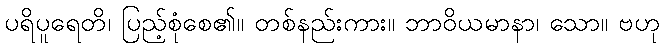
ပရိပူရေတိ၊ ပြည့်စုံစေ၏။ တစ်နည်းကား။ ဘာဝိယမာနာ၊ သော။ ဗဟု